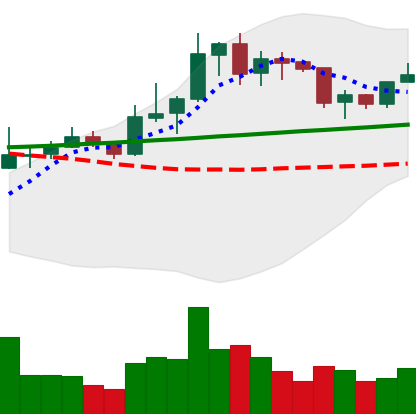
Ticker: LINK-USD
Chart end date: 2020-01-27
Forward return: 8.787%
Label: up_7plus